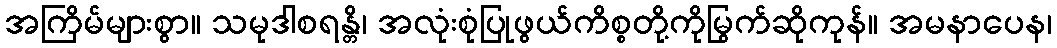
အကြိမ်များစွာ။ သမုဒါစရန္တိ၊ အလုံးစုံပြုဖွယ်ကိစ္စတို့ကိုမြွက်ဆိုကုန်။ အမနာပေန၊